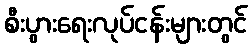
စီးပွားရေးလုပ်ငန်းများတွင်